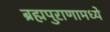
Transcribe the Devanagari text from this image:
ब्रह्मपुराणामध्ये